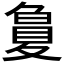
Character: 𡕳